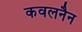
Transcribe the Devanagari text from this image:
कवलनैन